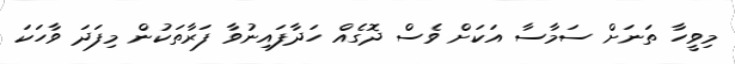
މިވީހާ ތަނަށް ސަމާސާ އަކަށް ވެސް ދޮގެއް ހަދާފައިނުވާ ފަރާތަކުން މިފަދަ ވާހަކަ